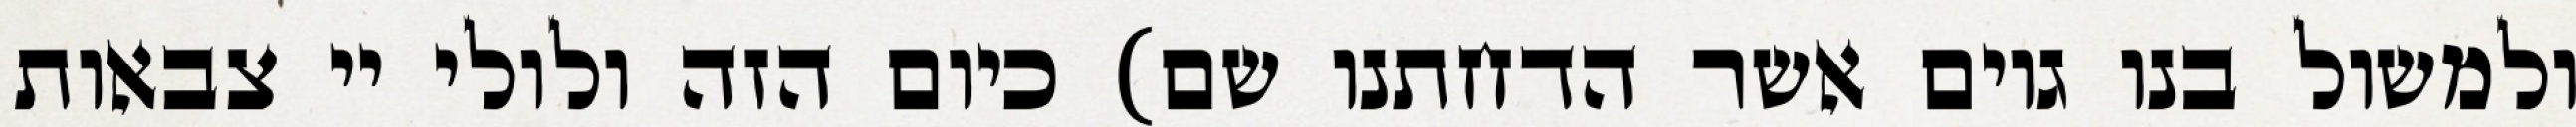
ולמשול בנו גוים אשר הדחתנו שם) כיום הזה ולולי יי צבאות